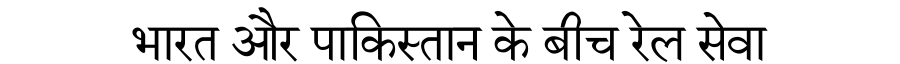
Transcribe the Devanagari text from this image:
भारत और पाकिस्तान के बीच रेल सेवा